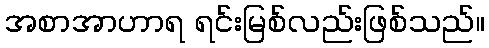
အစာအာဟာရ ရင်းမြစ်လည်းဖြစ်သည်။